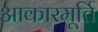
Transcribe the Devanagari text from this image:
आकारमूर्ति